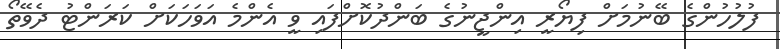
ފުލުހުންގެ ބޭނުމަށް ފިޔޯރީ އިންޖީނުގެ ބަންދުކޮށްފައި ވީ އެންމެ އަވަހަކަށް ކަރަންޓު ދެވޭތޯ